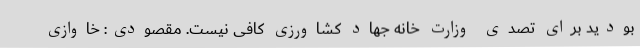
بودید برای تصدی وزارت خانه جهاد کشاورزی کافی نیست. مقصودی: خاوازی